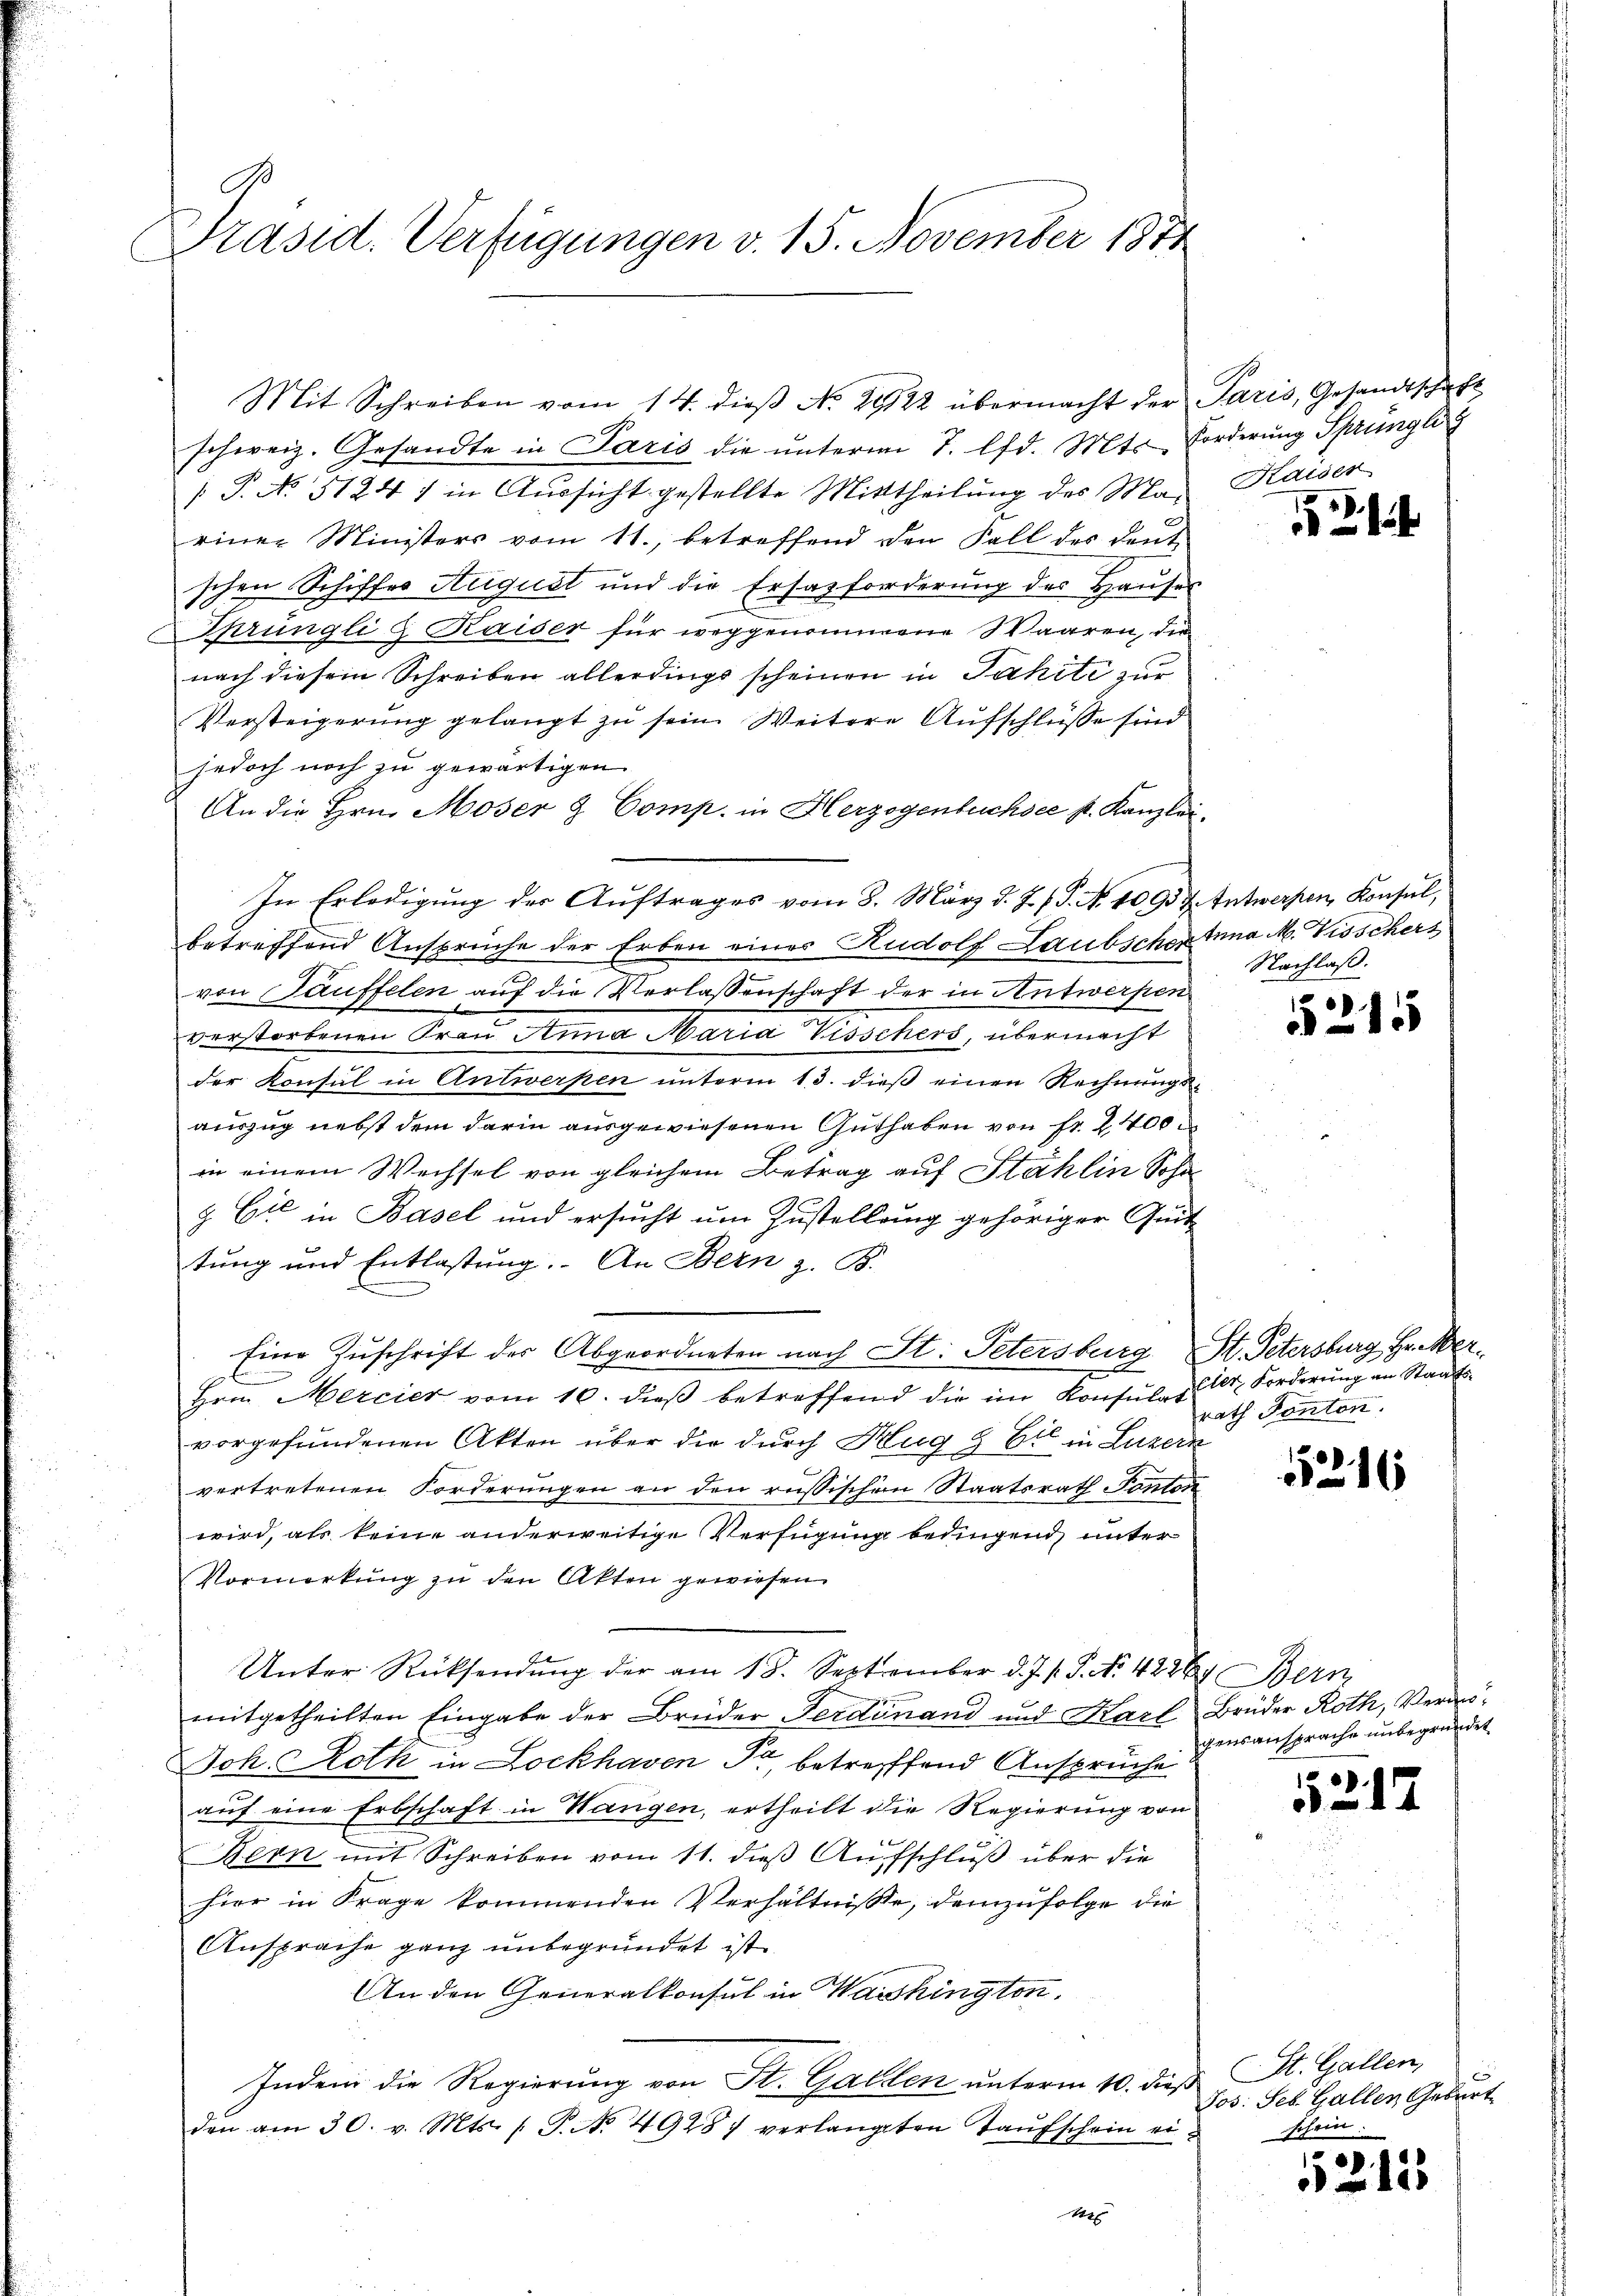
Präsid. Verfügungen v. 15. November 1874

schweiz. Gesandte in Paris die unterm 7. lfd. Mts. Forderung Sprüngli
P. No 5124) in Aussicht gestellte Mittheilung des Maeiner Ministers vom 11., betreffend den Fall des deut
schen Schiffes August und die Ersatzforderung des Hauser
Sprüngli & Kaiser für weggenommene Waaren, die
nach diesem Schreiben allerdings scheinen in Jahiti zur
Versteigerŭng gelangt zŭ sein. Weitere Aŭfschlüsse sind
jedoch noch zu gewärtigen
An die Hrn. Moser & Comp. in Herzogenbuchsee st. Kanzlei-
In Erledigung der Auftrages vom 8. März d. J. J. J. N. 1093 u. Entwerpen, Konsul,
betreffend Ansprüche der Erben eines Rudolf Laubscheina M. Visschers
von auffelen auf die Verlassenschaft der in Antwerpen
verstorbenen Frau Anna Maria Tisschers, übermacht
der Konsul in Antwerken unterm 13. dieß einen Rechnungsauszug nebst dem darin ausgewiesenen Guthaben von fr. 2100
in einem Wechsel von gleichem Betrag auf Stählin Sohn
& Cie in Basel und ersucht um Zustellung gehöriger Quit-
tung und Entlastung. An Bern z. B.
Eine Zuschrift der Abgeordneten nach St. Petersburg
A
e
Hrn. Mercier vom 10. dieβ betreffend die im Konsŭlag: 1. Forderŭng an Staatsvorgefundenen Akten über die durch Hug & Eil in Luzern
vertretenen Forderungen an den russischen Staatsrath Ponton
wird, als keine anderweitige Verfügung bedingend unter
Vormerkung zu den Akten gewiesen
Unter Rücksendung der am 18. September d. J. P. P. Nr. 4226, Bern
mitgetheilten Eingabe der Brüder Ferdinand und Karl Brüder Roth, Vermö¬
Joh. Roth in Lockhaven Fr. betreffend Ansprüche
auf eine Erbschaft in Hangen, ertheilt die Regierung von
f
Bern mit Schreiben vom 11. dieß Aufschluß über die
hier in Frage kommenden Verhältnisse, demzufolge die
Ansprache ganz unbegründet ist.
An den Generalkonsul in Washingten.
Indem die Regierung von St. Gallen unterm 10. dieß
den am 30. v. Mts. 1. P. N. 49287 verlangten Taŭfschein ei-
1

Mit Schreiben vom 14. dieβ No. 2922 übermacht der Paris, Gesandtschaft

Kaiser

1

Nachlaß.

5215

St. Petersburg Geister
rath Ponton.

1216

gensansprache unbegründet

55213

St. Gallen,
Jos: Seb. Gallen Geburt
schein

2125